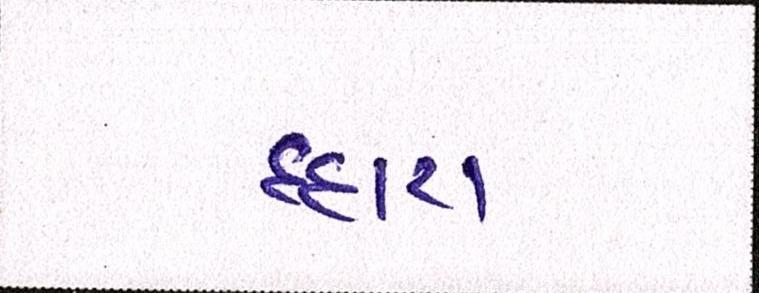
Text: દ્ધારા